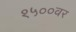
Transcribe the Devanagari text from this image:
१५००वर